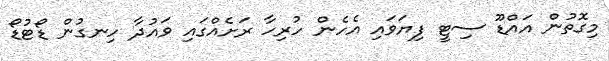
މިގޮތުން އައްޑޫ ސިޓީ ފިޔަވައި އެހެން ހުރިހާ ރަށެއްގައި ވައުދާ ހިނގުން ޑޯޓުޑޯ